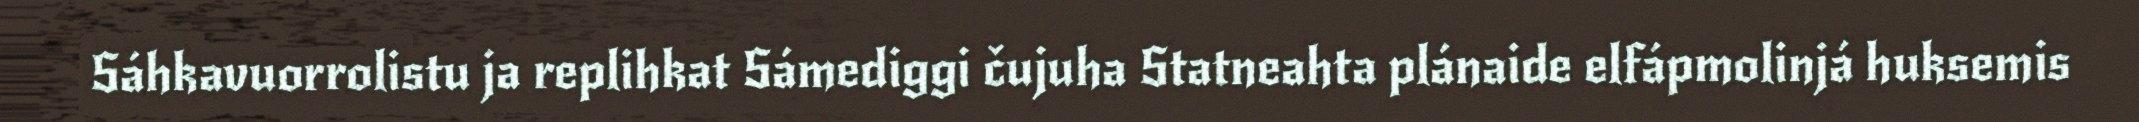
Sáhkavuorrolistu ja replihkat Sámediggi čujuha Statneahta plánaide elfápmolinjá huksemis